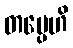
တပ္ပေဟိ